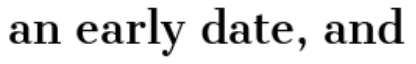
an early date, and